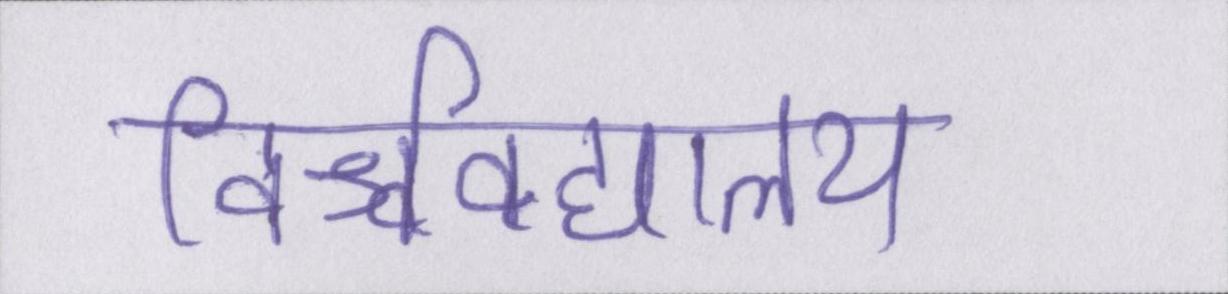
विश्वविद्यालय